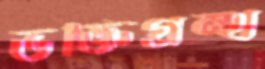
ভক্তিগ্রন্থ